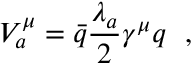
V _ { a } ^ { \mu } = { \bar { q } } { \frac { \lambda _ { a } } { 2 } } \gamma ^ { \mu } q \ \ ,